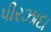
પીરઝાદા